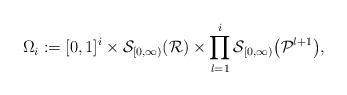
LaTeX: \begin{align*} \Omega_i:=[0,1]^i \times\mathcal{S}_{[0,\infty)}(\mathcal{R}) \times \prod_{l=1}^{i} \mathcal{S}_{[0,\infty)}\bigl(\mathcal{P}^{l+1}\bigr),\end{align*}